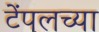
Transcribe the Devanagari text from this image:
टेंपलच्या